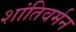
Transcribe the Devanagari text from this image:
शांतिवर्मन